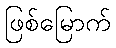
ဖြစ်မြောက်